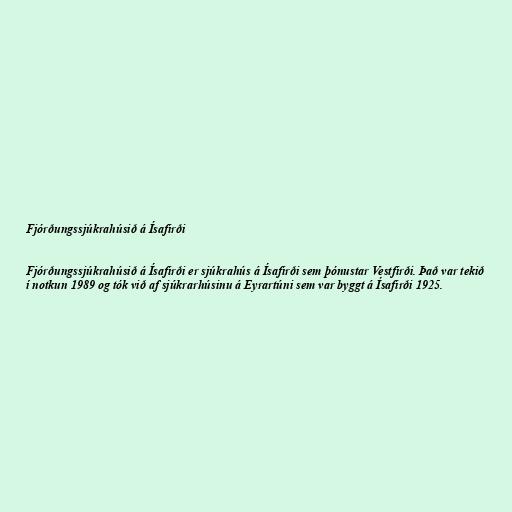
Fjórðungssjúkrahúsið á Ísafirði

Fjórðungssjúkrahúsið á Ísafirði er sjúkrahús á Ísafirði sem þónustar Vestfirði. Það var tekið
í notkun 1989 og tók við af sjúkrarhúsinu á Eyrartúni sem var byggt á Ísafirði 1925.